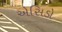
એસિડો